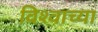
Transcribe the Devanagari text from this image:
विश्‍वाच्‍या